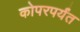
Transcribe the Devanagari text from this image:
कोपरपर्यंत